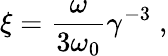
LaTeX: \xi=\frac{\omega}{3\omega_{0}}\gamma^{-3}\; ,